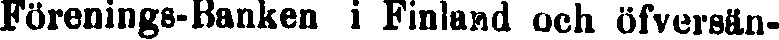
Förenings-Banken i Finland och öfversän-